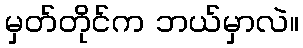
မှတ်တိုင်က ဘယ်မှာလဲ။